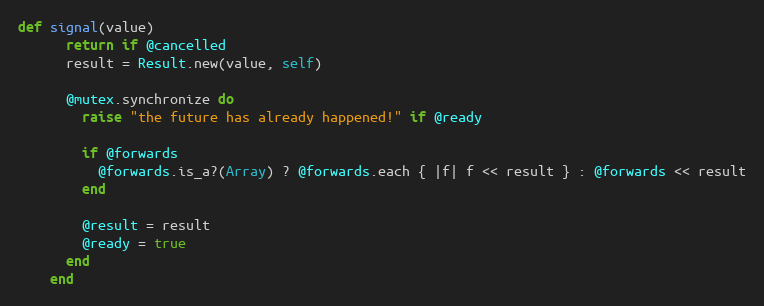
Language: Ruby
def signal(value)
      return if @cancelled
      result = Result.new(value, self)

      @mutex.synchronize do
        raise "the future has already happened!" if @ready

        if @forwards
          @forwards.is_a?(Array) ? @forwards.each { |f| f << result } : @forwards << result
        end

        @result = result
        @ready = true
      end
    end